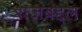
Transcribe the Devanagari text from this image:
राजबद्दल